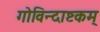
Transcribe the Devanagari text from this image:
गोविन्दाष्टकम्‌